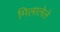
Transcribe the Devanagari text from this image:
मिलालेले